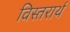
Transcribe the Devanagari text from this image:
विस्तरार्थ